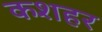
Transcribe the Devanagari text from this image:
कशहर